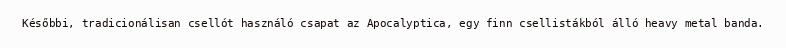
Későbbi, tradicionálisan csellót használó csapat az Apocalyptica, egy finn csellistákból álló heavy metal banda.